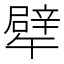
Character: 𱑔